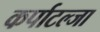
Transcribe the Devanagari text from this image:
कर्पाटल्जा